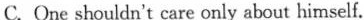
C. One shouldn't care only about himself.